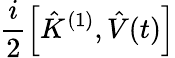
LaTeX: \frac{i}{2}\left[\hat{K}^{(1)},\hat{V}(t)\right]